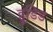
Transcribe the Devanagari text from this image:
हुडिड